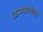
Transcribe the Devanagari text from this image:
ऊष्मारोधन